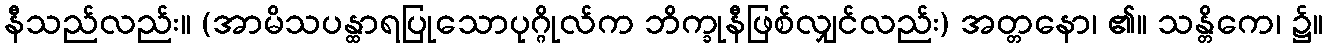
နီသည်လည်း။ (အာမိသပန္ထာရပြုသောပုဂ္ဂိုလ်က ဘိက္ခုနီဖြစ်လျှင်လည်း) အတ္တနော၊ ၏။ သန္တိကေ၊ ၌။